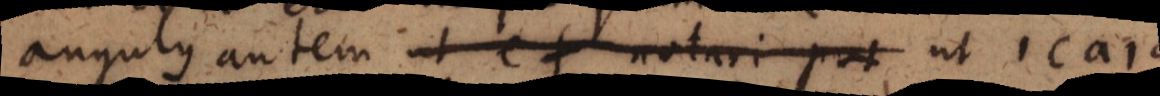
angulus autem ut ef notari pot ut 1ca1d